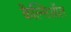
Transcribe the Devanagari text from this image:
कैल्सिऑल